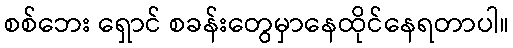
စစ်ဘေး ရှောင် စခန်းတွေမှာနေထိုင်နေရတာပါ။